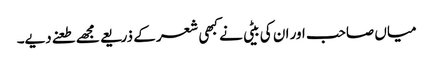
میاں صاحب اور ان کی بیٹی نے کبھی شعر کے ذریعے مجھے طعنے دیے۔